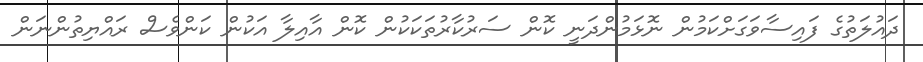
ދައުލަތުގެ ފައިސާވަގަށްކަމުން ނޮޅަމުންދަނީ ކޮން ސަރުކާރުތަކަކުން ކޮން އާއިލާ އަކުން ކަންވެސް ރައްޔިތުންނަން